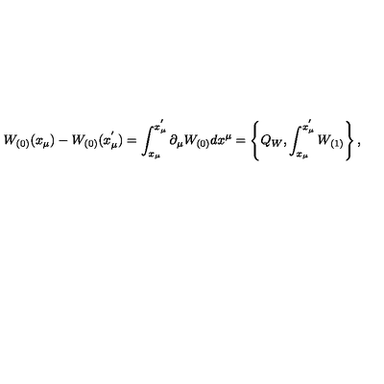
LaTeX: W _ { ( 0 ) } ( x _ { \mu } ) - W _ { ( 0 ) } ( x _ { \mu } ^ { ' } ) = \int _ { x _ { \mu } } ^ { x _ { \mu } ^ { ' } } \partial _ { \mu } W _ { ( 0 ) } d x ^ { \mu } = \left\{ Q _ { W } , \int _ { x _ { \mu } } ^ { x _ { \mu } ^ { ' } } W _ { ( 1 ) } \right\} ,